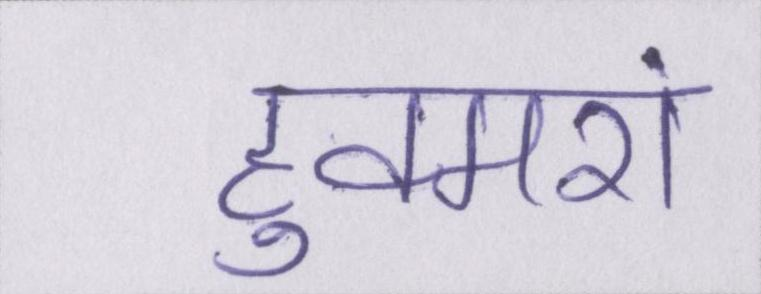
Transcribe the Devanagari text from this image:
हुक्मरां